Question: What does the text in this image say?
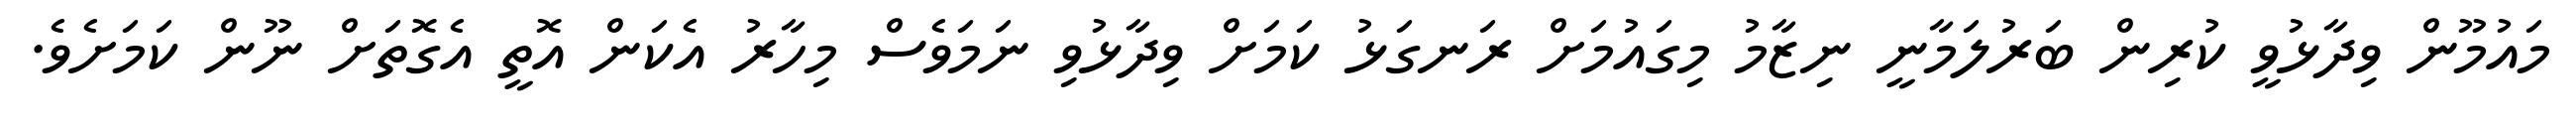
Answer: މައުމޫން ވިދާޅުވީ ކުރިން ބަރުލަމާނީ ނިޒާމު މިގައުމަށް ރަނގަޅު ކަމަށް ވިދާޅުވި ނަމަވެސް މިހާރު އެކަން އޮތީ އެގޮތަށް ނޫން ކަމަށެވެ.